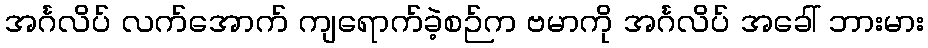
အင်္ဂလိပ် လက်အောက် ကျရောက်ခဲ့စဉ်က ဗမာကို အင်္ဂလိပ် အခေါ် ဘားမား